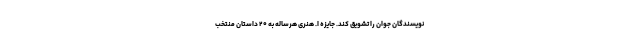
نویسندگان جوان را تشویق کند. جایزه اُ. هنری هرساله به ۲۰ داستان منتخب